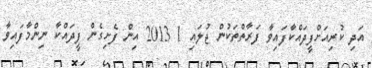
އަދި ކުރިއަށްފީދައްކާފައިވާ ފަރާތްތަކުން ޖުލައި 1 2013 އިން ފެށިގެން ފީދައްކާ ނިންމާފައިވާ